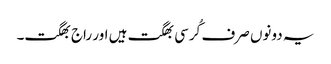
یہ دونوں صرف کُرسی بھگت ہیں اور راج بھگت۔